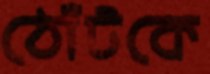
ঠোঁটকে